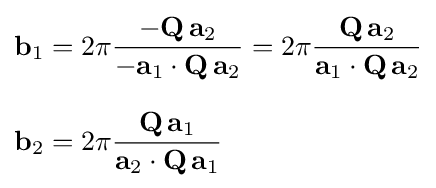
{\begin{aligned}\mathbf {b} _{1}&=2\pi {\frac {-\mathbf {Q} \,\mathbf {a} _{2}}{-\mathbf {a} _{1}\cdot \mathbf {Q} \,\mathbf {a} _{2}}}=2\pi {\frac {\mathbf {Q} \,\mathbf {a} _{2}}{\mathbf {a} _{1}\cdot \mathbf {Q} \,\mathbf {a} _{2}}}\\[8pt]\mathbf {b} _{2}&=2\pi {\frac {\mathbf {Q} \,\mathbf {a} _{1}}{\mathbf {a} _{2}\cdot \mathbf {Q} \,\mathbf {a} _{1}}}\end{aligned}}